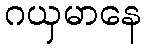
ဂယှမာနေ